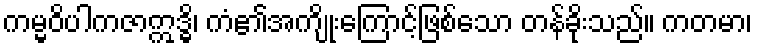
ကမ္မဝိပါကဇာဣဒ္ဓိ၊ ကံ၏အကျိုးကြောင့်ဖြစ်သော တန်ခိုးသည်။ ကတမာ၊